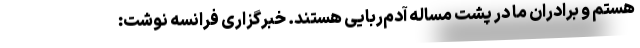
هستم و برادران ما در پشت مساله آدم‌ربایی هستند. خبرگزاری فرانسه نوشت: